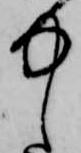
中